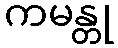
ကမန္တု